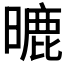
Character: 𣊈